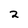
Character: 2